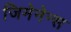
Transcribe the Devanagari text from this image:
जिमेनेन्स